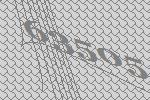
63505